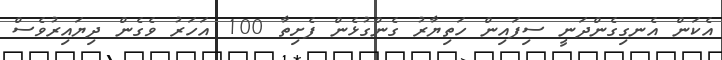
އެކަން އެނގިގެންދަނީ ސިފައިން ހަތިޔާރު ގެންގުޅެން ފެށިތާ 100 އަހަރު ވެގެން ދިޔައިރުވެސް